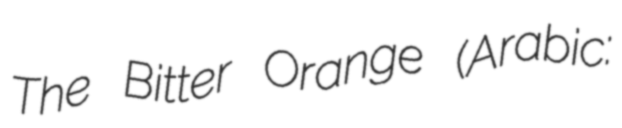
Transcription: The Bitter Orange (Arabic: